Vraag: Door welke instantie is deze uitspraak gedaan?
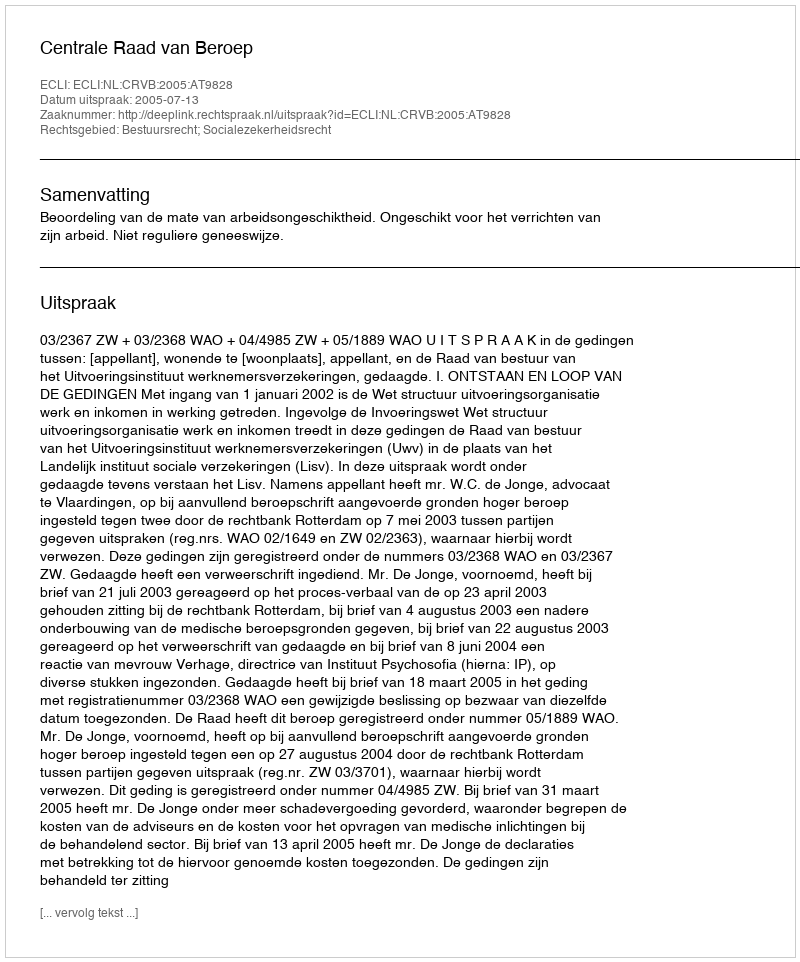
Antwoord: Centrale Raad van Beroep